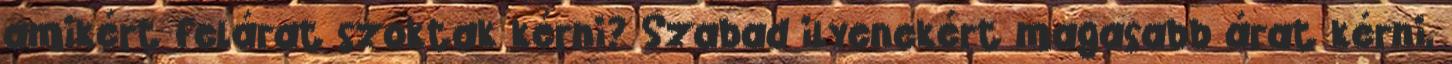
amikért felárat szoktak kérni? Szabad ilyenekért magasabb árat kérni,